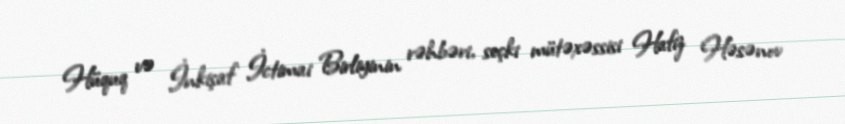
Hüquq və İnkişaf İctimai Birliyinin rəhbəri, seçki mütəxəssisi Hafiz Həsənov